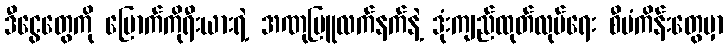
ဒီငွေတွေကို မြောက်ကိုရီးယားရဲ့ အဏုမြူလက်နက်နဲ့ ဒုံးကျည်ထုတ်လုပ်ရေး စီမံကိန်းတွေမှာ